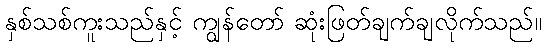
နှစ်သစ်ကူးသည်နှင့် ကျွန်တော် ဆုံးဖြတ်ချက်ချလိုက်သည်။